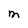
Character: M